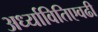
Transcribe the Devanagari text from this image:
अर्ध्यावितिएवढी